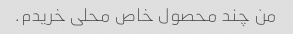
من چند محصول خاص محلی خریدم.